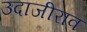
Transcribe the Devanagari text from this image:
उदाजीराव